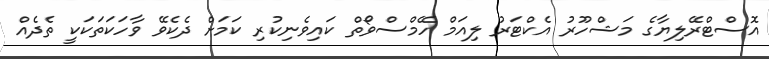
އޮސްޓްރޭލިޔާގެ މަޝްހޫރު އެކްޓަރު ލިއަމް ހޭމްސްވޯތް ކައިވެނިކުރި ކަމަށް ދެކެވޭ ވާހަކަތަކަކީ ތެދެއް